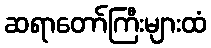
ဆရာတော်ကြီးများထံ